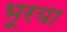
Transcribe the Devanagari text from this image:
भूरया